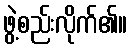
ဖွဲ့စည်းလိုက်၏။